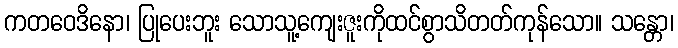
ကတဝေဒိနော၊ ပြုပေးဘူး သောသူ့ကျေးဇူးကိုထင်စွာသိတတ်ကုန်သော။ သန္တော၊